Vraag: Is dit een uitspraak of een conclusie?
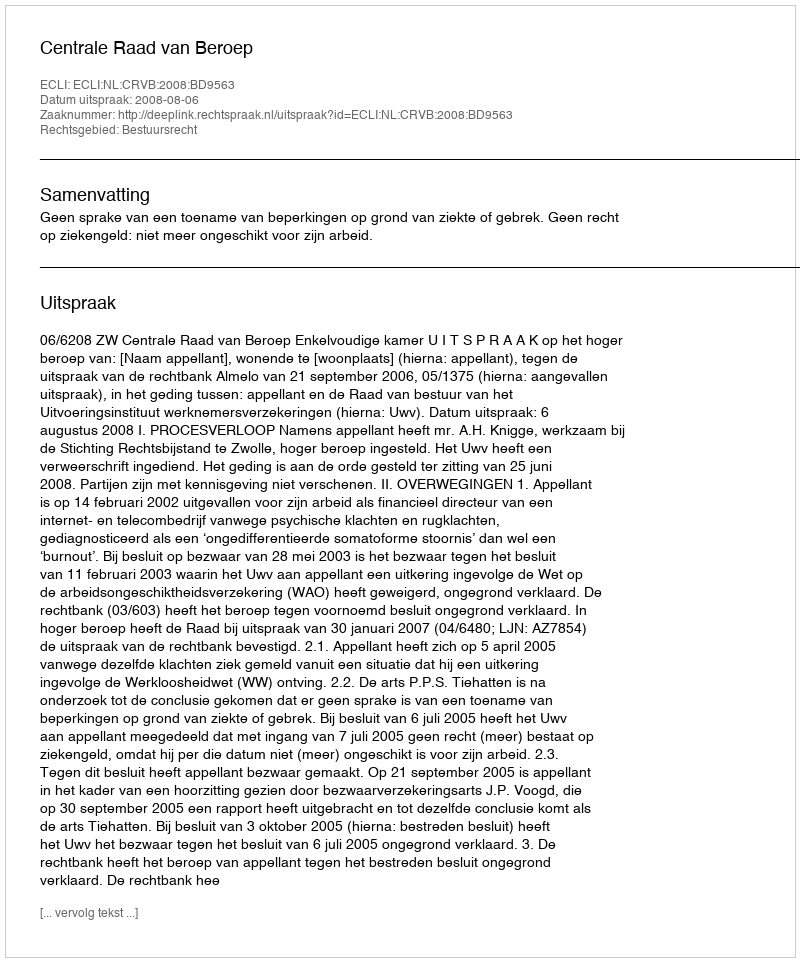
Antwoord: Uitspraak